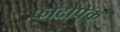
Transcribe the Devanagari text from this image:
फोटोपेक